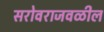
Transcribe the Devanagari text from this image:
सरोवराजवळील